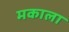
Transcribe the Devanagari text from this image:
मकाला